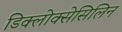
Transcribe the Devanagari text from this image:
डिक्लोक्सेसिलिन